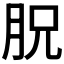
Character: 𣍦